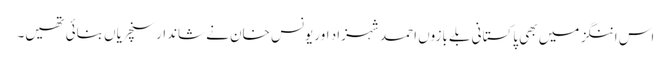
اس اننگز میں بھی پاکستانی بلے بازوں احمد شہزاد اور یونس خان نے شاندار سنچریاں بنائی تھیں۔